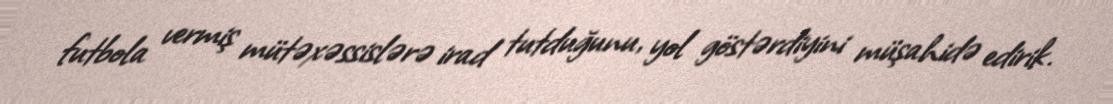
futbola vermiş mütəxəssislərə irad tutduğunu, yol göstərdiyini müşahidə edirik.